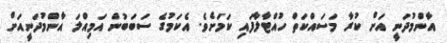
އާންމުދަނީ އަށް ކުރާ މަސައްކަތް ހުއްޓާލާފައި ކަމަށެވެ. އެކަމުގެ ސަބަބުން އަމިއްލަ އާންމުދަނީއަށް